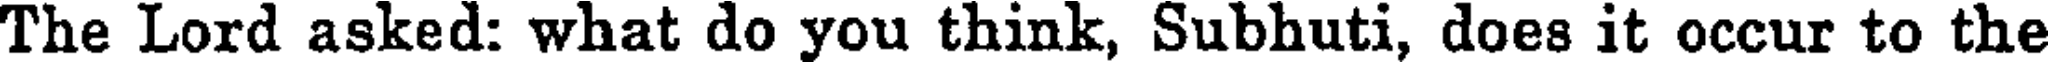
The Lord asked: what do you think, Subhuti, does it occur to the